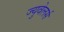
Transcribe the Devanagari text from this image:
ज्युवेलर्स